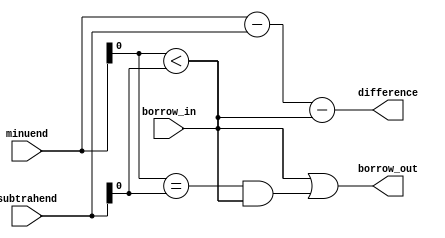
module Combinational_logic_blocks_subtractor(
    input [3:0] minuend,
    input [3:0] subtrahend,
    input borrow_in,
    output [3:0] difference,
    output borrow_out
);

assign difference = minuend - subtrahend - borrow_in;
assign borrow_out = (minuend[0] < subtrahend[0] || (minuend[0] == subtrahend[0] && borrow_in));
assign borrow_in = (minuend[0] < subtrahend[0]);

endmodule